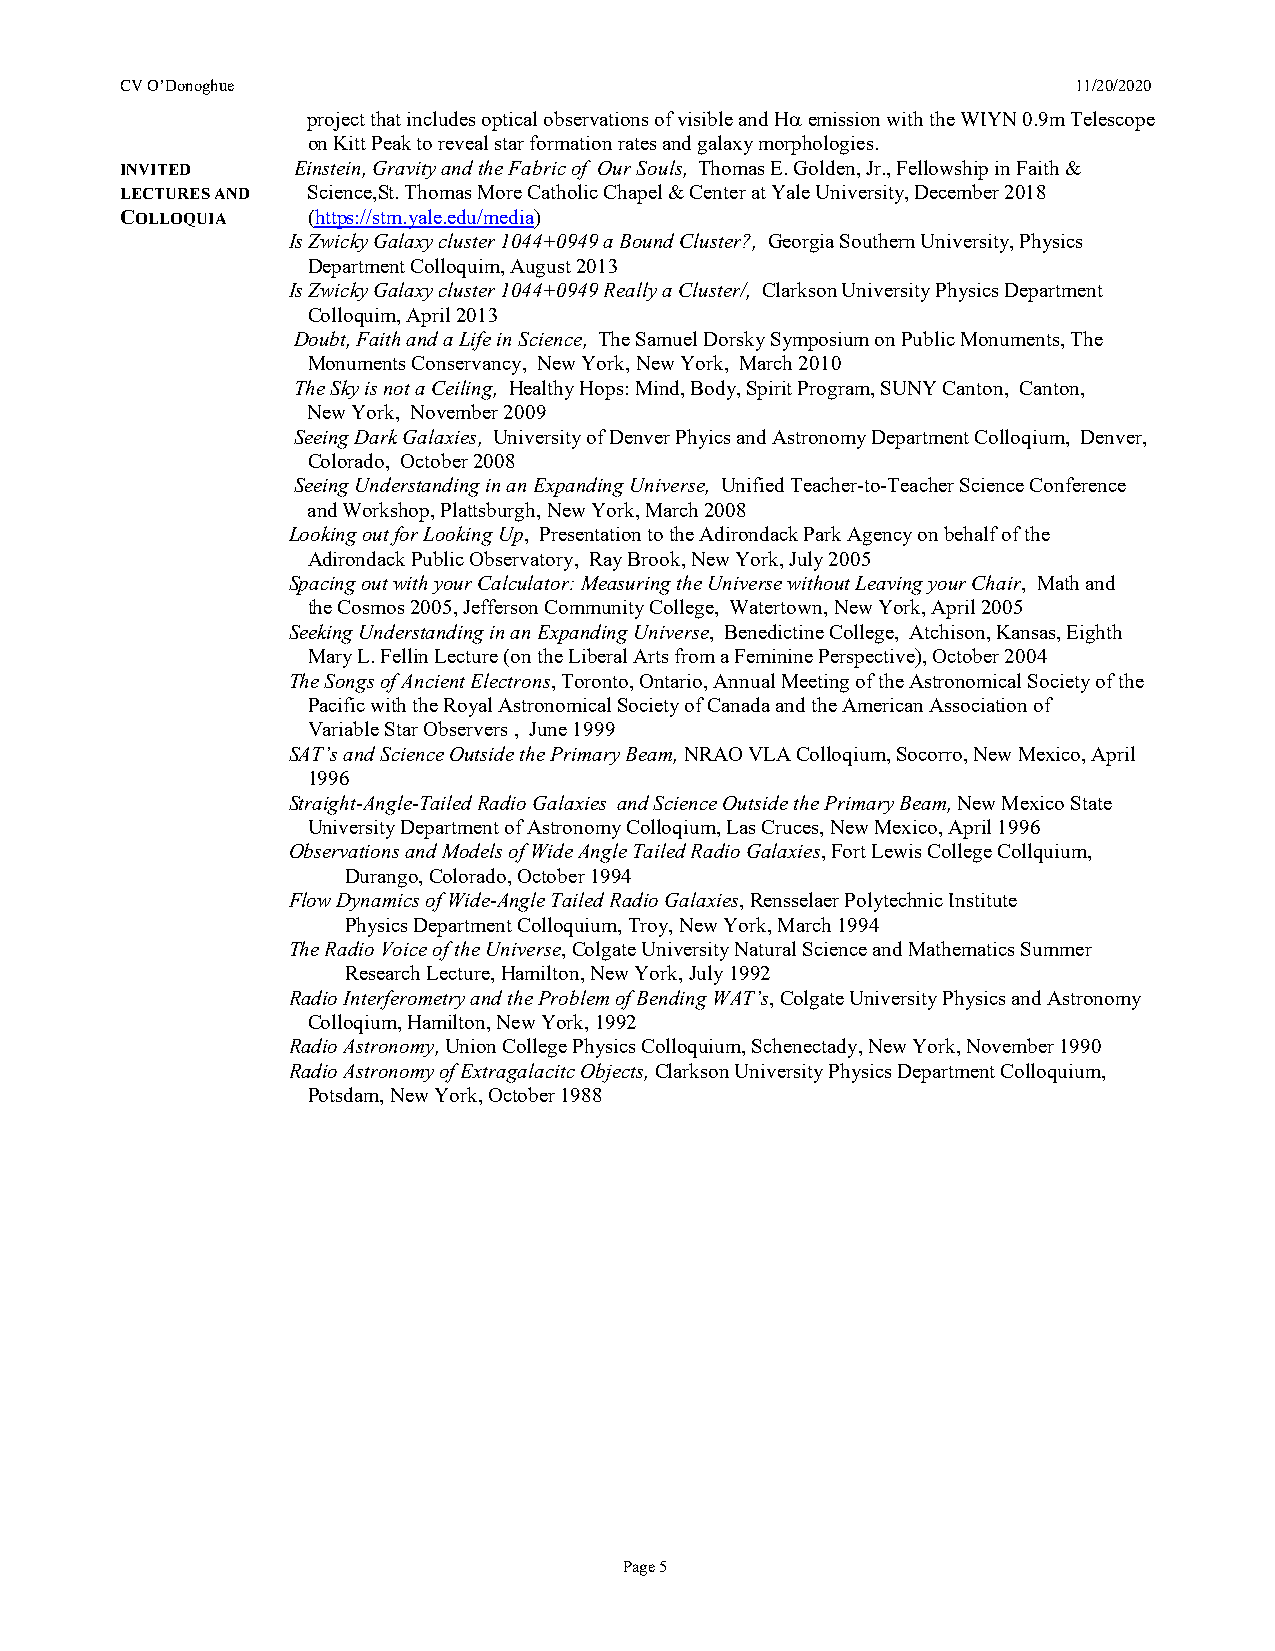
CV O’Donoghue                                                  11/20/2020
 project that includes optical observations of visible and Hα emission with the WIYN 0.9m Telescope
 on Kitt Peak to reveal star formation rates and galaxy morphologies.
 INVITED    Einstein, Gravity and the Fabric of Our Souls, Thomas E. Golden, Jr., Fellowship in Faith &
 LECTURES AND Science,St. Thomas More Catholic Chapel & Center at Yale University, December 2018
 COLLOQUIA   (https://stm.yale.edu/media)
 Is Zwicky Galaxy cluster 1044+0949 a Bound Cluster?, Georgia Southern University, Physics
 Department Colloquim, August 2013
 Is Zwicky Galaxy cluster 1044+0949 Really a Cluster/, Clarkson University Physics Department
 Colloquim, April 2013
 Doubt, Faith and a Life in Science, The Samuel Dorsky Symposium on Public Monuments, The
 Monuments Conservancy, New York, New York, March 2010
 The Sky is not a Ceiling, Healthy Hops: Mind, Body, Spirit Program, SUNY Canton, Canton,
 New York, November 2009
 Seeing Dark Galaxies, University of Denver Phyics and Astronomy Department Colloqium, Denver,
 Colorado, October 2008
 Seeing Understanding in an Expanding Universe, Unified Teacher-to-Teacher Science Conference
 and Workshop, Plattsburgh, New York, March 2008
 Looking out for Looking Up, Presentation to the Adirondack Park Agency on behalf of the
 Adirondack Public Observatory, Ray Brook, New York, July 2005
 Spacing out with your Calculator: Measuring the Universe without Leaving your Chair, Math and
 the Cosmos 2005, Jefferson Community College, Watertown, New York, April 2005
 Seeking Understanding in an Expanding Universe, Benedictine College, Atchison, Kansas, Eighth
 Mary L. Fellin Lecture (on the Liberal Arts from a Feminine Perspective), October 2004
 The Songs of Ancient Electrons, Toronto, Ontario, Annual Meeting of the Astronomical Society of the
 Pacific with the Royal Astronomical Society of Canada and the American Association of
 Variable Star Observers , June 1999
 SAT’s and Science Outside the Primary Beam, NRAO VLA Colloqium, Socorro, New Mexico, April
 1996
 Straight-Angle-Tailed Radio Galaxies and Science Outside the Primary Beam, New Mexico State
 University Department of Astronomy Colloqium, Las Cruces, New Mexico, April 1996
 Observations and Models of Wide Angle Tailed Radio Galaxies, Fort Lewis College Collquium,
 Durango, Colorado, October 1994
 Flow Dynamics of Wide-Angle Tailed Radio Galaxies, Rensselaer Polytechnic Institute
 Physics Department Colloquium, Troy, New York, March 1994
 The Radio Voice of the Universe, Colgate University Natural Science and Mathematics Summer
 Research Lecture, Hamilton, New York, July 1992
 Radio Interferometry and the Problem of Bending WAT’s, Colgate University Physics and Astronomy
 Colloqium, Hamilton, New York, 1992
 Radio Astronomy, Union College Physics Colloquium, Schenectady, New York, November 1990
 Radio Astronomy of Extragalacitc Objects, Clarkson University Physics Department Colloquium,
 Potsdam, New York, October 1988
 Page 5